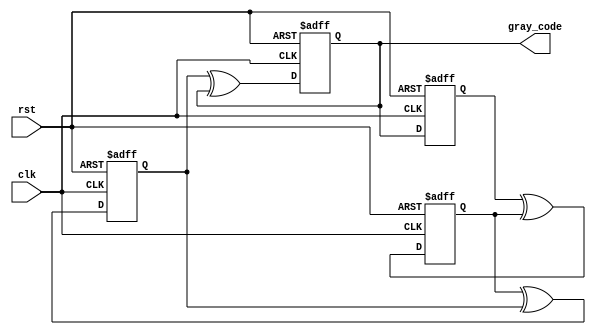
module gray_counter(
    input clk,      // Clock input
    input rst,      // Reset input
    output reg [3:0] gray_code // Output Gray code
);

reg [3:0] reg0, reg1, reg2, reg3;

always @(posedge clk or posedge rst) begin
    if(rst) begin
        reg0 <= 4'b0000;
        reg1 <= 4'b0000;
        reg2 <= 4'b0000;
        reg3 <= 4'b0000;
    end else begin
        reg0 <= reg3;
        reg1 <= reg0 ^ reg1;
        reg2 <= reg1 ^ reg2;
        reg3 <= reg2 ^ reg3;
    end
end

assign gray_code = reg3;

endmodule